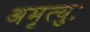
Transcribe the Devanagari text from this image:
अमृत्युः